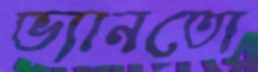
ভ্যানতো